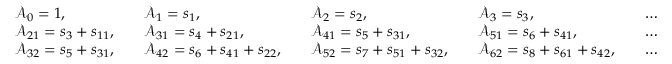
\begin{array} { r l r l r l r l r l } & { \mathcal { A } _ { 0 } = 1 , } & & { \mathcal { A } _ { 1 } = s _ { 1 } , } & & { \mathcal { A } _ { 2 } = s _ { 2 } , } & & { \mathcal { A } _ { 3 } = s _ { 3 } , } & & { \ldots } \\ & { \mathcal { A } _ { 2 1 } = s _ { 3 } + s _ { 1 1 } , } & & { \mathcal { A } _ { 3 1 } = s _ { 4 } + s _ { 2 1 } , } & & { \mathcal { A } _ { 4 1 } = s _ { 5 } + s _ { 3 1 } , } & & { \mathcal { A } _ { 5 1 } = s _ { 6 } + s _ { 4 1 } , } & & { \ldots } \\ & { \mathcal { A } _ { 3 2 } = s _ { 5 } + s _ { 3 1 } , } & & { \mathcal { A } _ { 4 2 } = s _ { 6 } + s _ { 4 1 } + s _ { 2 2 } , } & & { \mathcal { A } _ { 5 2 } = s _ { 7 } + s _ { 5 1 } + s _ { 3 2 } , } & & { \mathcal { A } _ { 6 2 } = s _ { 8 } + s _ { 6 1 } + s _ { 4 2 } , } & & { \ldots } \end{array}